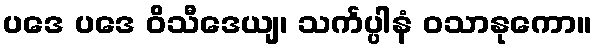
ပဒေ ပဒေ ဝိသီဒေယျ၊ သင်္ကပ္ပါနံ ဝသာနုကော။